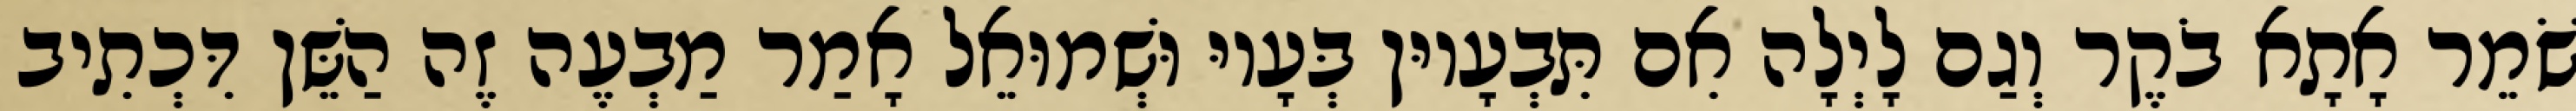
שֹׁמֵר אָתָא בֹקֶר וְגַם לָיְלָה אִם תִּבְעָיוּן בְּעָיוּ וּשְׁמוּאֵל אָמַר מַבְעֶה זֶה הַשֵּׁן דִּכְתִיב